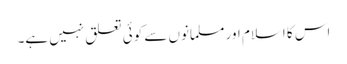
اس کا اسلام اور مسلمانوں سے کوئی تعلق نہیں ہے۔